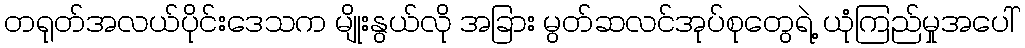
တရုတ်အလယ်ပိုင်းဒေသက မျိုးနွယ်လို အခြား မွတ်ဆလင်အုပ်စုတွေရဲ့ ယုံကြည်မှုအပေါ်